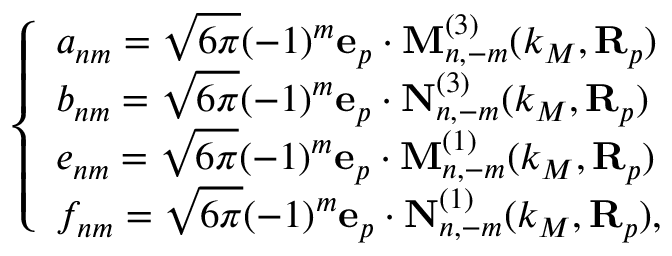
\left\{ \begin{array} { l l } { a _ { n m } = \sqrt { 6 \pi } ( - 1 ) ^ { m } \mathbf { e } _ { p } \cdot \mathbf { M } _ { n , - m } ^ { ( 3 ) } ( k _ { M } , \mathbf { R } _ { p } ) } \\ { b _ { n m } = \sqrt { 6 \pi } ( - 1 ) ^ { m } \mathbf { e } _ { p } \cdot \mathbf { N } _ { n , - m } ^ { ( 3 ) } ( k _ { M } , \mathbf { R } _ { p } ) } \\ { e _ { n m } = \sqrt { 6 \pi } ( - 1 ) ^ { m } \mathbf { e } _ { p } \cdot \mathbf { M } _ { n , - m } ^ { ( 1 ) } ( k _ { M } , \mathbf { R } _ { p } ) } \\ { f _ { n m } = \sqrt { 6 \pi } ( - 1 ) ^ { m } \mathbf { e } _ { p } \cdot \mathbf { N } _ { n , - m } ^ { ( 1 ) } ( k _ { M } , \mathbf { R } _ { p } ) , } \end{array} \right.